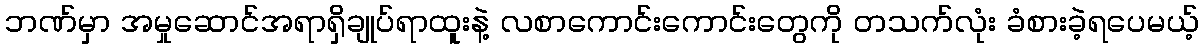
ဘဏ်မှာ အမှုဆောင်အရာရှိချုပ်ရာထူးနဲ့ လစာကောင်းကောင်းတွေကို တသက်လုံး ခံစားခဲ့ရပေမယ့်